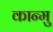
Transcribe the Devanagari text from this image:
कान्मु